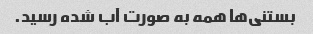
بستنی‌ها همه به صورت آب شده رسید.